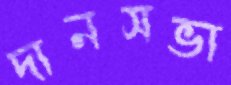
দানসভা